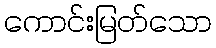
ကောင်းမြတ်သော